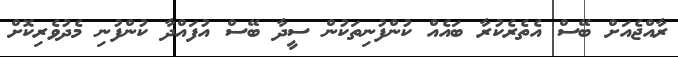
ރާއްޖެއަށް ބޭސް އެތެރެކުރާ ބައެއް ކުންފުނިތަކުން ސީދާ ބޭސް އުފައްދާ ކުންފުނި މެދުވެރިކޮށް